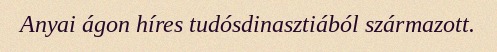
Anyai ágon híres tudósdinasztiából származott.